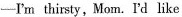
—I'm thirsty,Mom. I'd like